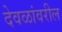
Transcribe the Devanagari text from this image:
देवळांवरील